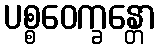
ပစ္စဝေက္ခန္တော